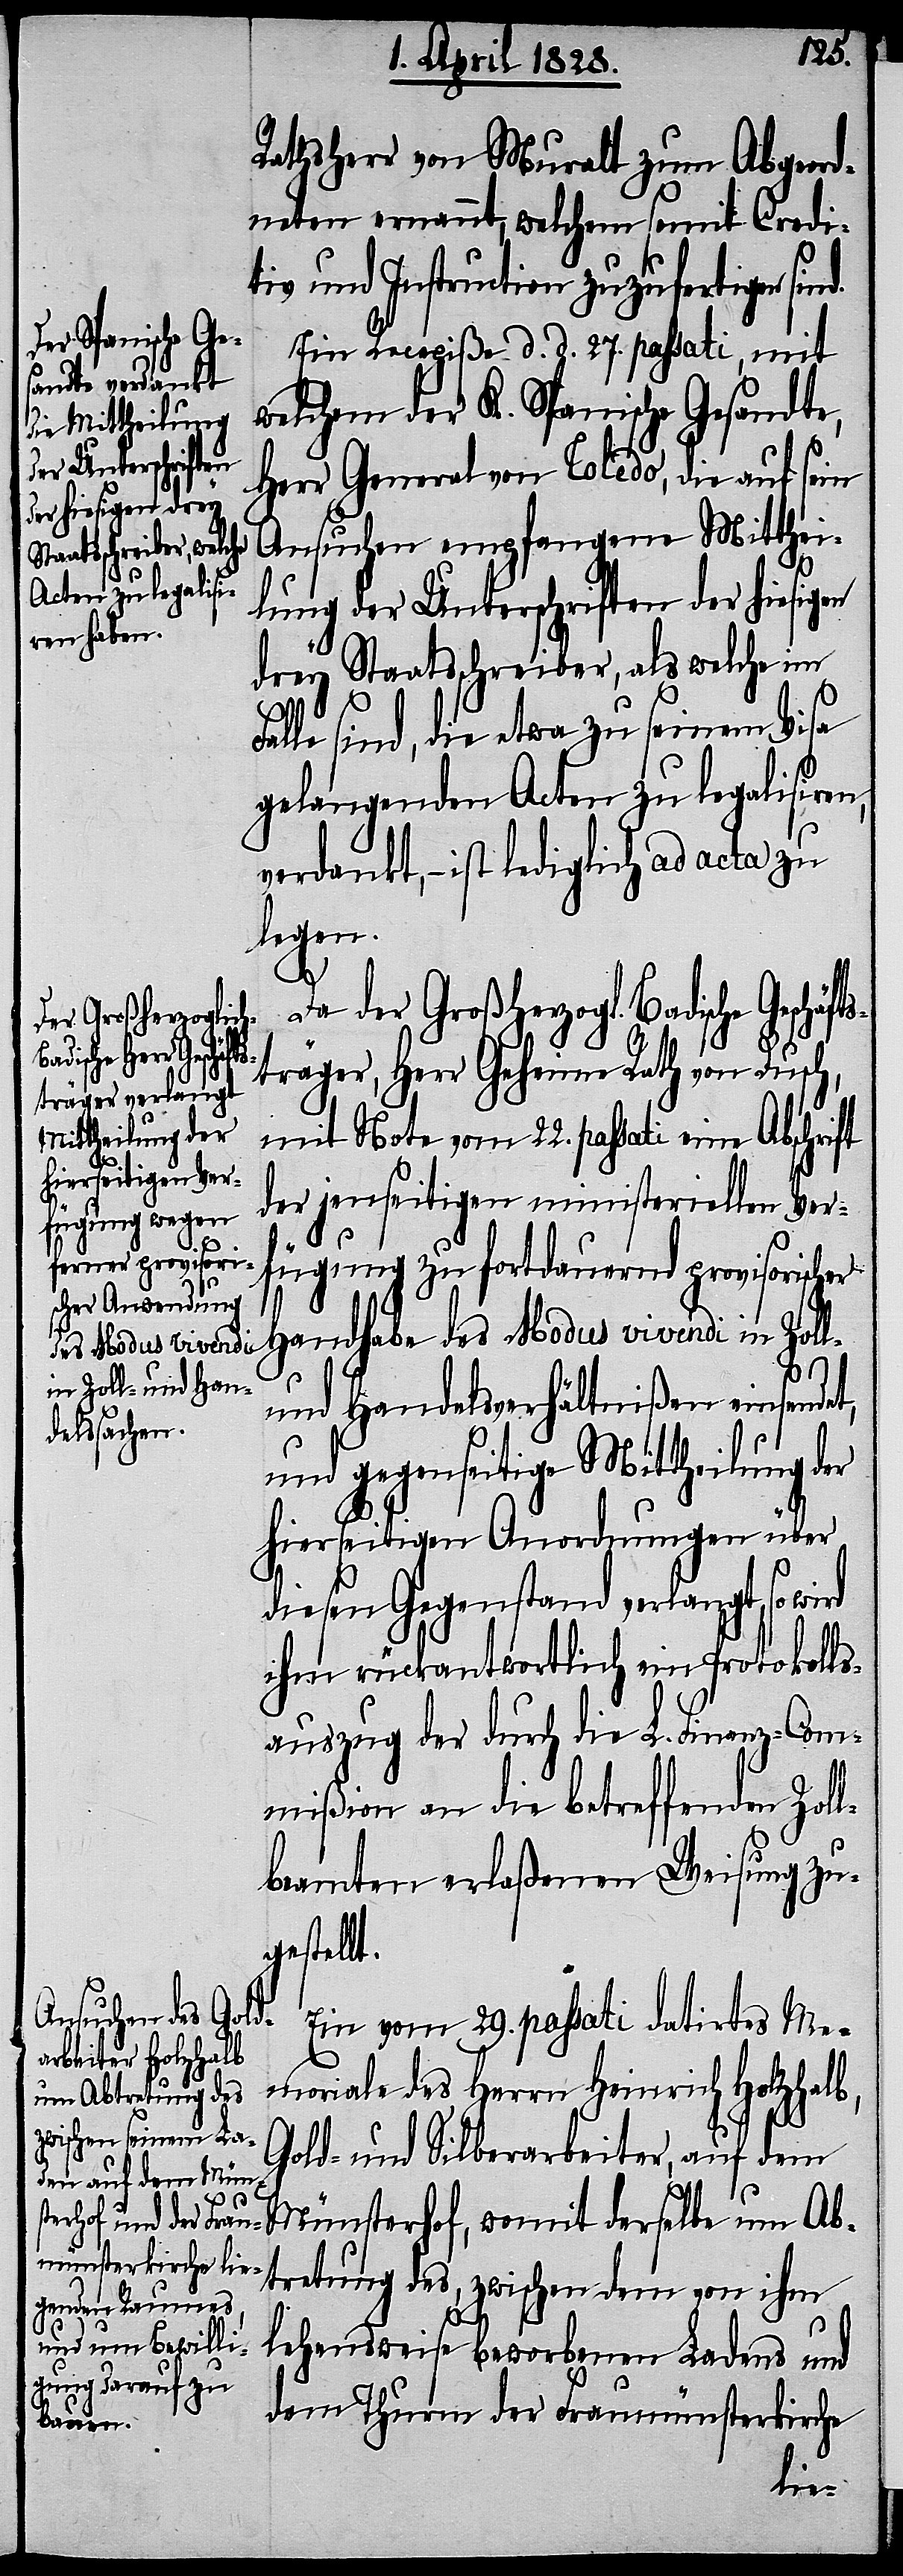
ische Geschäft¬

Rathsherr von Muralt zum Abgeord¬
neten ernannt, welchem somit Credi¬
tiv und Instruction zuzufertigen sin¬
Ein Recepiße d. d. 27. passati, mit
welchem der K. Spanische Gesandte,
Herr General von Toledo, die auf sein
Ansuchen empfangene Mitthei¬
t,
lung der Unterschriften der hiesigen
drey Staatsschreiber, als welche im
alle sind, die etwa zu seinem Visa
gelangenden Acten zu legalisiren,
verdankt, – ist lediglich ad acta zu
legen.
Da der Großherzogl. Bad¬
sträger, Herr Geheime Rath von Dusch,
mit Note vom 22. passati eine Abschrift
der jenseitigen ministeriellen Ver¬
fügung zu fortdauernd provisorischer
Handhabe des Modus vivendi in Zoll-
und Handelsverhältnißen einsende¬
und gegenseitige Mittheilung der
hierseitigen Anordnungen über
diesen Gegenstand verlangt, so wird
ihm rückantwortlich ein Protokolls¬
auszug der durch die L. Finanz-Com¬
mißion an die betreffenden Zoll¬
beamten erlaßenen Weisung zu¬
ellt.
Ein vom 29. passati datirtes Me¬
moriale des Herrn Heinrich Holzhalb,
Gold- und Silberarbeiter, auf dem
Münsterhof, womit derselbe um Ab¬
tretung des, zwischen dem von ihm
lehensweise beworbenen Ladens und
dem Thurm der Fraumünsterkirche